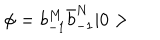
\phi = b _ { - 1 } ^ { M } \bar { b } _ { - 1 } ^ { N } \vert 0 >